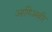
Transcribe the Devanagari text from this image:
आणिअबीर